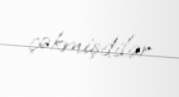
çəkmişdilər.